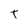
Character: T